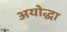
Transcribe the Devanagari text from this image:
अयोद्धा